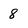
Character: 8